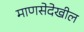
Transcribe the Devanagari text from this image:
माणसेदेखील